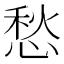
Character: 愁